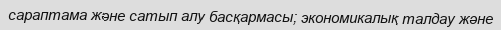
сараптама және сатып алу басқармасы; экономикалық талдау және